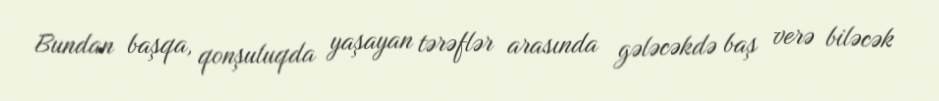
Bundan başqa, qonşuluqda yaşayan tərəflər arasında gələcəkdə baş verə biləcək